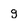
Character: g